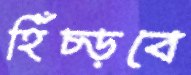
হিঁচ্‌ড়বে